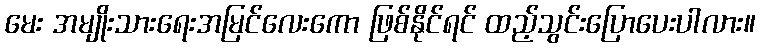
မေး အမျိုးသားရေးအမြင်လေးကော ဖြစ်နိုင်ရင် ထည့်သွင်းပြောပေးပါလား။